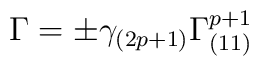
\Gamma = \pm \gamma_{(2p+1)} \Gamma_{(11)}^{p+1}